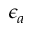
\epsilon _ { a }